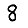
Digit: 8